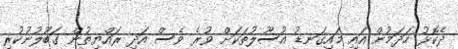
ދެކޮޅު ހަދަމުން އައި މައިގަނޑު އުސޫލުތަކަށް ވުރެ ވެސް އަދި ރައްޔިތުން ގަބޫލުނުކުރި